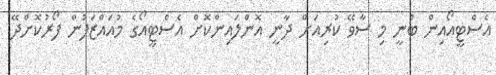
އެސްޓީއޯއިން ބުނީ މި ސާވޭ ކުރިއަށް ދާނީ އޮންލައިންކޮށް އެސްޓީއޯގެ މުއައްޒަފުން ފޯރުކޮށްދޭ